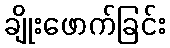
ချိုးဖောက်ခြင်း